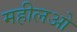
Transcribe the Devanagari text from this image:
महीलओ